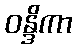
ဝန္ဒိကာ